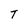
Character: T